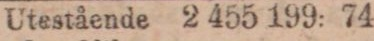
Utestående 2 455 199: 74